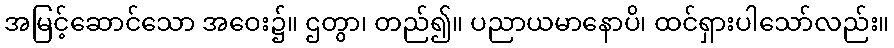
အမြင့်ဆောင်သော အဝေး၌။ ဌတွာ၊ တည်၍။ ပညာယမာနောပိ၊ ထင်ရှားပါသော်လည်း။